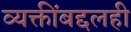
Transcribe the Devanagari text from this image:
व्यक्तींबद्दलही